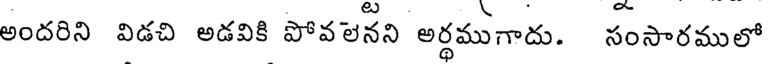
అందరిని విడచి అడవికి పోవలనని అర్థముగాదు. సంసారములో